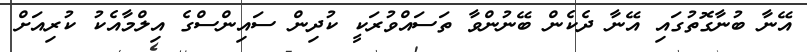
އޭނާ ބުނާގޮތުގައި އޭނާ ދެކެން ބޭނުންވާ ތަސައްވުރަކީ ކުދިން ސައިންސްގެ އިލްމާއެކު ކުރިއަށް